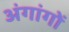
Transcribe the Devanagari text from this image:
अंगांगों